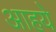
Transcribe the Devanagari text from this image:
आहये